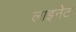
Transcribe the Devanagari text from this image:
लाइनेट